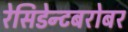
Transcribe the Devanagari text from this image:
रेसिडेन्टबरोबर